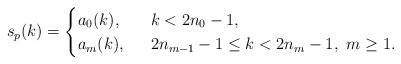
\begin{align*}s_p(k)=\begin{cases} a_{0}(k), \ & \ k< 2n_0-1,\\a_{m}(k), \ & \ 2n_{m-1}-1\le k< 2n_m-1, \ m\ge 1.\end{cases}\end{align*}